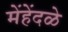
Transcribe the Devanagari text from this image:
मेंहेंदळे